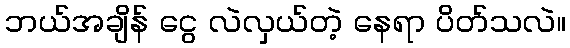
ဘယ်အချိန် ငွေ လဲလှယ်တဲ့ နေရာ ပိတ်သလဲ။